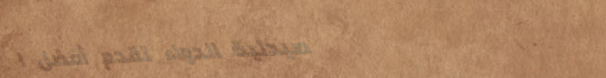
صيدلية الدواء تقدم أفضل ا